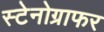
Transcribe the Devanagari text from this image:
स्टेनोग्राफर